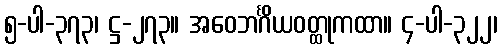
၅-ပါ-၃၇၃၊ ဋ္ဌ-၂၇၃။ အဝေဘင်္ဂိယဝတ္ထုကထာ။ ၄-ပါ-၃၂၂၊